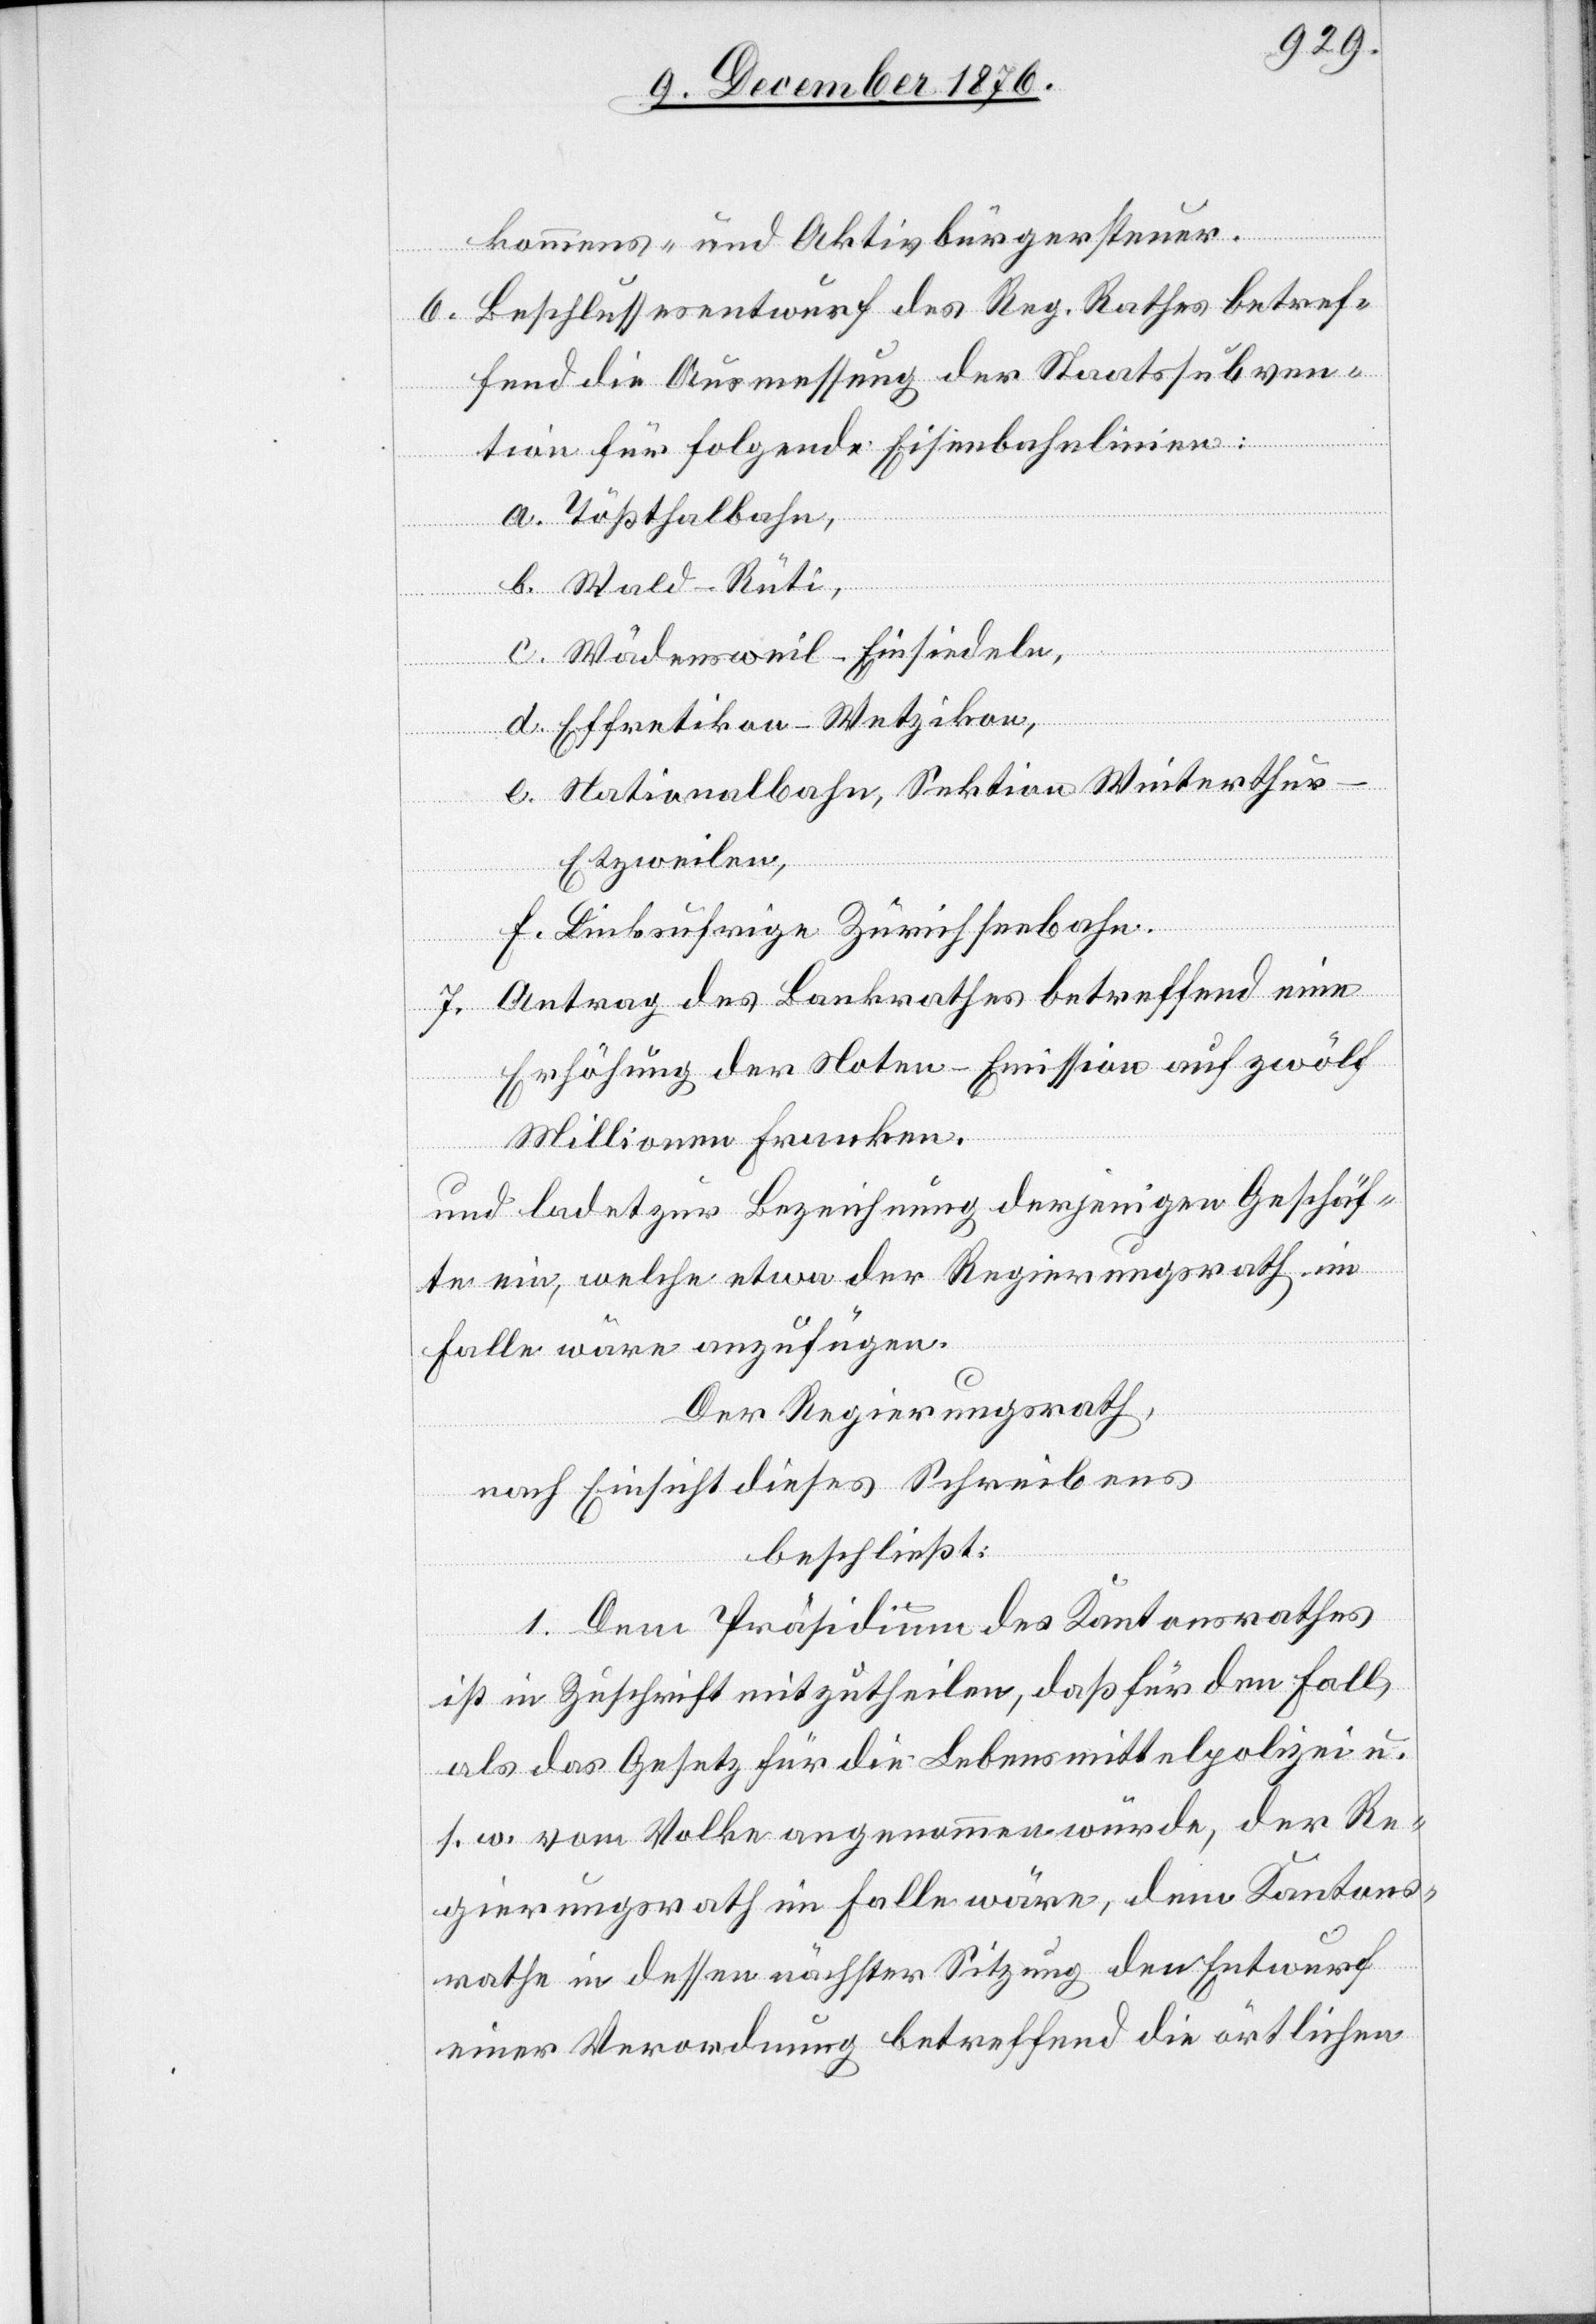
kommens- und Aktivbürgersteuer.
6. Beschlussesentwurf des Reg. Rathes betref¬
fend die Ausmessung der Staatssubven¬
tion für folgende Eisenbahnlinien:
a. Tößthalbahn,
b. Wald–Rüti,
c. Wädensweil–Einsiedeln,
d. Effretikon–Wetzikon,
e. Nationalbahn, Sektion Winterthur–E¬
tzweilen,
f. Linksufrige Zürichseebahn.
7. Antrag des Bundesrathes betreffend eine
Erhöhung der Noten-Emission auf zwölf
Millionen Franken.
und ladet zur Bezeichnung derjenigen Geschäf¬
te ein, welche etwa der Regierungsrath im
Falle wäre anzufügen.
Der Regierungsrath,
nach Einsicht dieses Schreibens
beschließt:
1. Dem Präsidium des Kantonsrathes
ist in Zuschrift mitzutheilen, daß für den Fall,
als das Gesetz für die Lebensmittelpolizei u.
s. w. vom Volke angenommen würde, der Re¬
gierungsrath im Falle wäre, dem Kantons¬
rathe in dessen nächster Sitzung den Entwurf
einer Verordnung betreffend die örtlichen